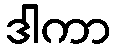
ဒါကာ